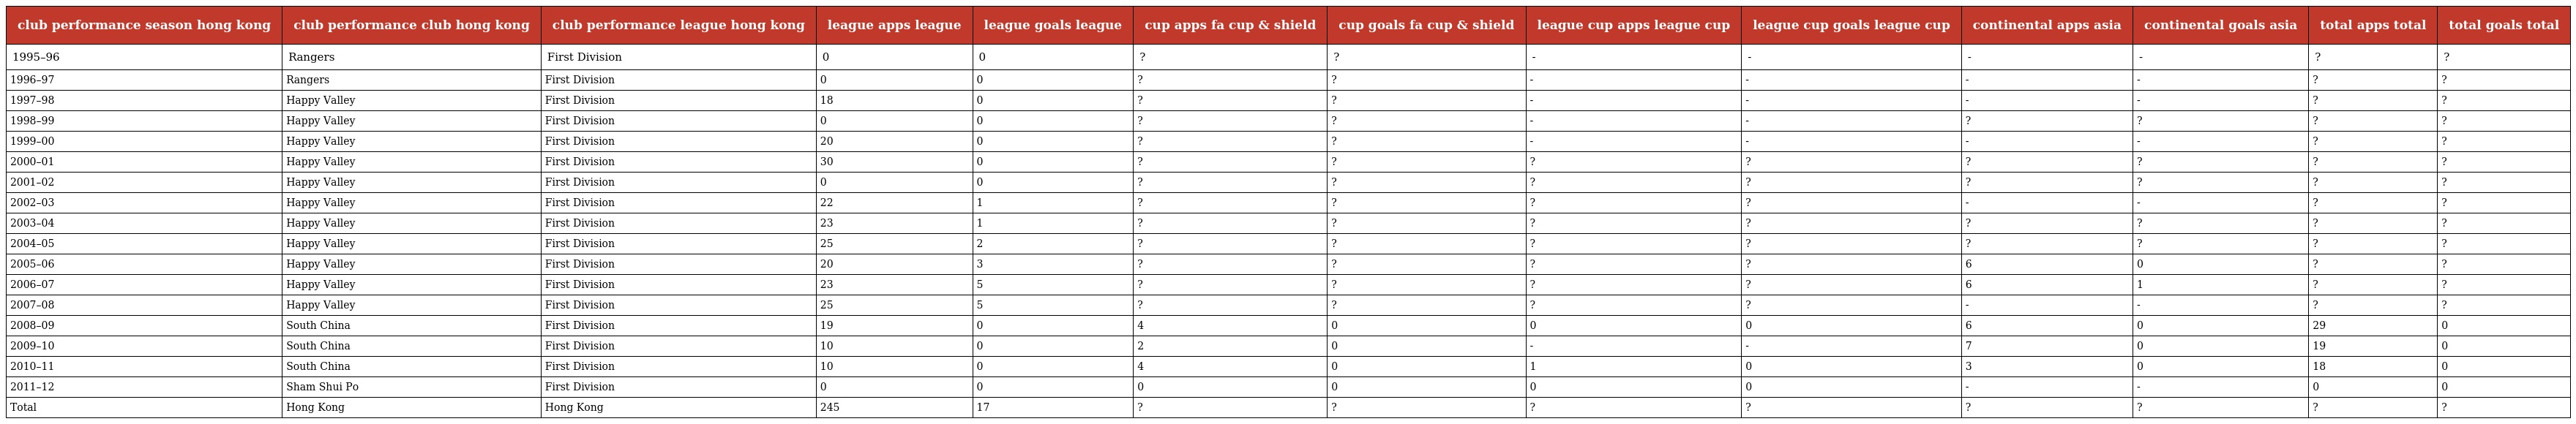
| club performance season hong kong | club performance club hong kong | club performance league hong kong | league apps league | league goals league | cup apps fa cup & shield | cup goals fa cup & shield | league cup apps league cup | league cup goals league cup | continental apps asia | continental goals asia | total apps total | total goals total |
 | --- | --- | --- | --- | --- | --- | --- | --- | --- | --- | --- | --- | --- |
 | 1995–96 | Rangers | First Division | 0 | 0 | ? | ? | - | - | - | - | ? | ? |
 | 1996–97 | Rangers | First Division | 0 | 0 | ? | ? | - | - | - | - | ? | ? |
 | 1997–98 | Happy Valley | First Division | 18 | 0 | ? | ? | - | - | - | - | ? | ? |
 | 1998–99 | Happy Valley | First Division | 0 | 0 | ? | ? | - | - | ? | ? | ? | ? |
 | 1999–00 | Happy Valley | First Division | 20 | 0 | ? | ? | - | - | - | - | ? | ? |
 | 2000–01 | Happy Valley | First Division | 30 | 0 | ? | ? | ? | ? | ? | ? | ? | ? |
 | 2001–02 | Happy Valley | First Division | 0 | 0 | ? | ? | ? | ? | ? | ? | ? | ? |
 | 2002–03 | Happy Valley | First Division | 22 | 1 | ? | ? | ? | ? | - | - | ? | ? |
 | 2003–04 | Happy Valley | First Division | 23 | 1 | ? | ? | ? | ? | ? | ? | ? | ? |
 | 2004–05 | Happy Valley | First Division | 25 | 2 | ? | ? | ? | ? | ? | ? | ? | ? |
 | 2005–06 | Happy Valley | First Division | 20 | 3 | ? | ? | ? | ? | 6 | 0 | ? | ? |
 | 2006–07 | Happy Valley | First Division | 23 | 5 | ? | ? | ? | ? | 6 | 1 | ? | ? |
 | 2007–08 | Happy Valley | First Division | 25 | 5 | ? | ? | ? | ? | - | - | ? | ? |
 | 2008–09 | South China | First Division | 19 | 0 | 4 | 0 | 0 | 0 | 6 | 0 | 29 | 0 |
 | 2009–10 | South China | First Division | 10 | 0 | 2 | 0 | - | - | 7 | 0 | 19 | 0 |
 | 2010–11 | South China | First Division | 10 | 0 | 4 | 0 | 1 | 0 | 3 | 0 | 18 | 0 |
 | 2011–12 | Sham Shui Po | First Division | 0 | 0 | 0 | 0 | 0 | 0 | - | - | 0 | 0 |
 | Total | Hong Kong | Hong Kong | 245 | 17 | ? | ? | ? | ? | ? | ? | ? | ? |